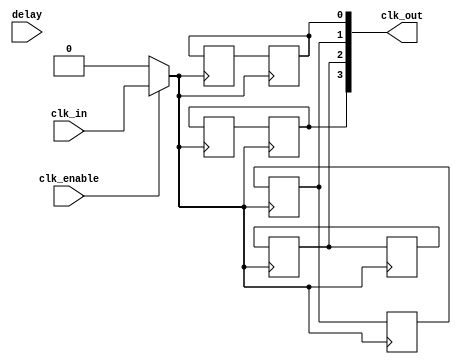
module ClockTreeBuffer #(
    parameter NUM_OUTPUTS = 4,        // Number of output clocks
    parameter DELAY_WIDTH = 4,         // Width for programmable delay
    parameter DRIVE_STRENGTH = 2       // Drive strength (can be adjusted)
)(
    input wire clk_in,                  // Input clock signal
    input wire clk_enable,              // Clock enable signal for gating
    input wire [DELAY_WIDTH-1:0] delay, // Programmable delay value
    output wire [NUM_OUTPUTS-1:0] clk_out // Output clock signals
);

    // Internal signals
    reg [NUM_OUTPUTS-1:0] clk_out_reg;
    reg [NUM_OUTPUTS-1:0] delayed_clk_out;

    // Clock gating logic
    wire gated_clk = clk_enable ? clk_in : 1'b0;

    // Generate output clocks with delay and drive strength
    genvar i;
    generate
        for (i = 0; i < NUM_OUTPUTS; i = i + 1) begin : clk_gen
            always @(posedge gated_clk) begin
                // Apply programmable delay
                delayed_clk_out[i] <= #delay clk_out_reg[i];
            end

            // Drive strength simulation (simple model)
            always @(posedge gated_clk) begin
                clk_out_reg[i] <= delayed_clk_out[i];
            end

            // Assign output clock with drive strength consideration
            assign clk_out[i] = (DRIVE_STRENGTH == 1) ? clk_out_reg[i] :
                                (DRIVE_STRENGTH == 2) ? clk_out_reg[i] : 1'b0; // Extend for more drive strengths
        end
    endgenerate

endmodule